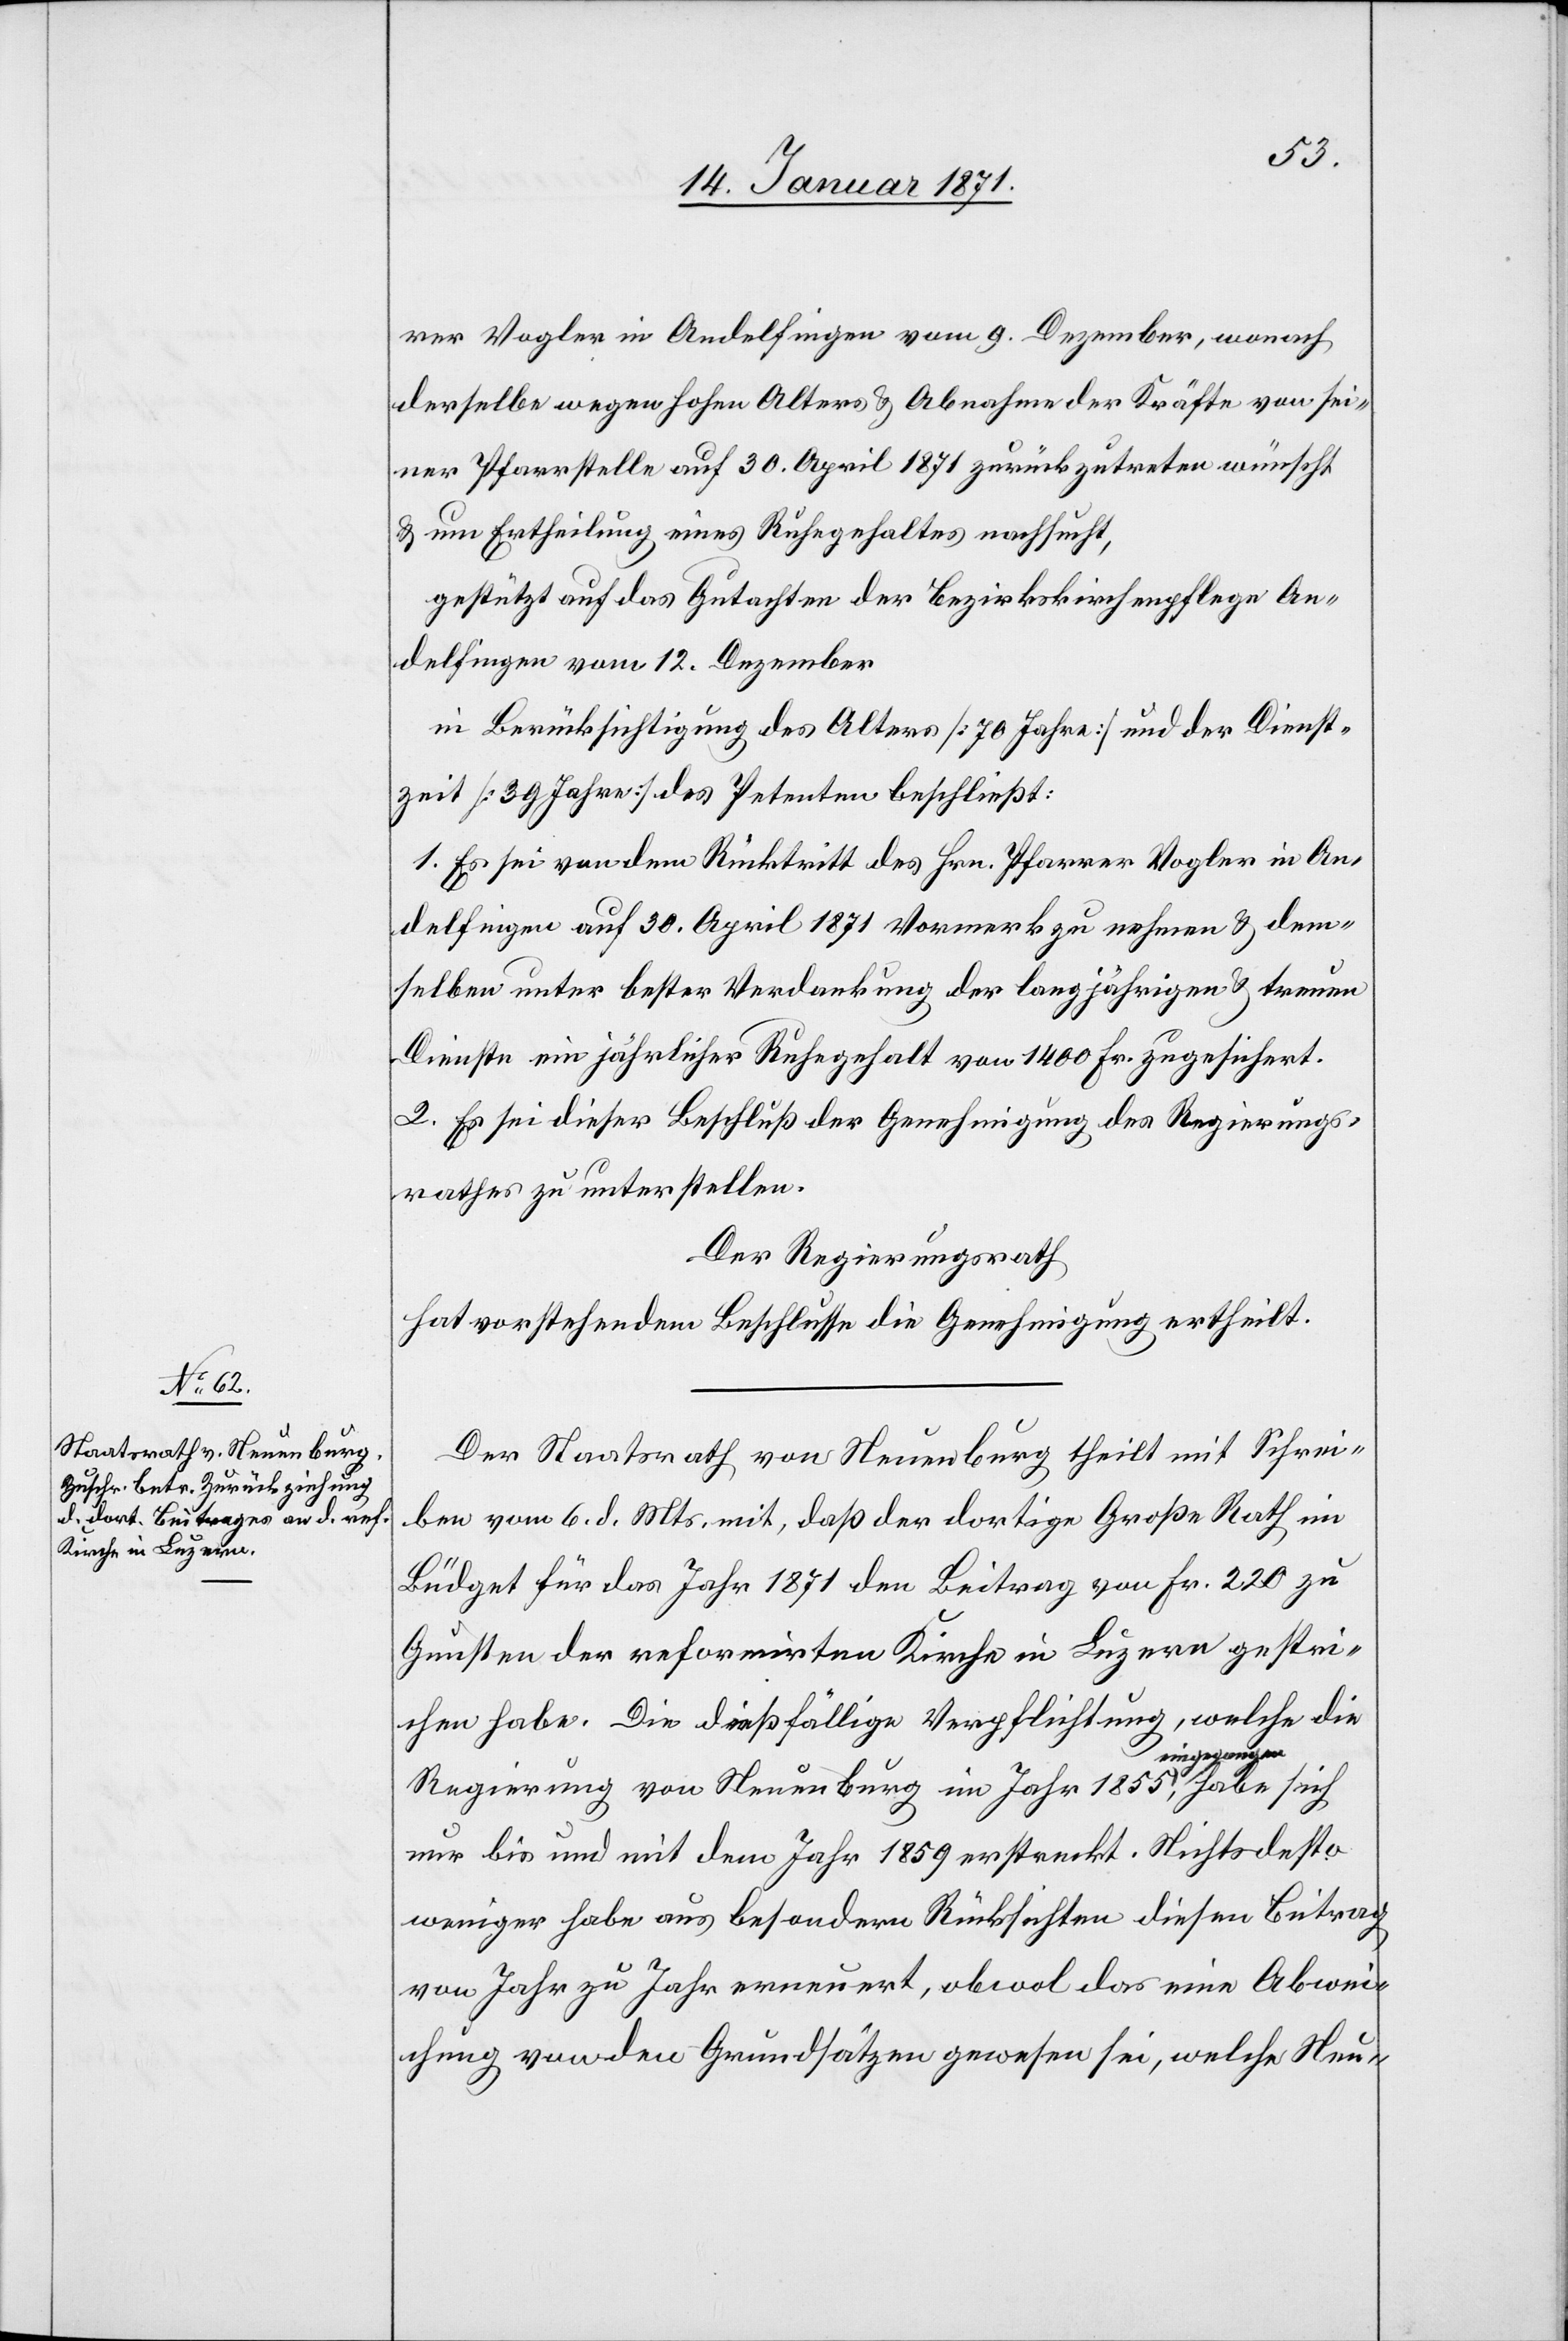
rer Wogler in Andelfingen vom 9. Dezember, wonach
derselbe wegen hohen Alters u. Abnahme der Kräfte von sei¬
ner Pfarrstelle auf 30. April 1871 zurückzutreten wünscht
u. um Ertheilung eines Ruhegehaltes nachsucht,
gestützt auf das Gutachten der Bezirkskirchenpflege An¬
delfingen vom 12. Dezember
in Berücksichtigung des Alters [70 Jahre] und der Dienst¬
zeit [39 Jahre] des Petenten beschließt:
1. Es sei von dem Rücktritt des Hrn. Pfarrer Wogler in An¬
delfingen auf 30. April 1871 Vormerk zu nehmen u. dem¬
selben unter bester Verdankung der langjährigen u. treuen
Dienste ein jährlicher Ruhegehalt von 1480 Fr. zugesichert.
2. Es sei dieser Beschluß der Genehmigung des Regierungs¬
rathes zu unterstellen.
Der Regierungsrath,
hat vorstehendem Beschlusse die Genehmigung ertheilt.
Der Staatsrath von Neuenburg theilt mit Schrei¬
ben vom 6. d. Mts. mit, daß der dortige Große Rath im
Büdget für das Jahr 1871 den Beitrag von Fr. 220 zu
Gunsten der reformirten Kirche in Luzern gestri¬
chen habe. Die dießfällige Verpflichtung, welche die
ngegangen,
Regierung von Neuenburg im Jahr 1855 ei¬
nur bis und mit dem Jahr 1859 erstreckt. Nichtsdesto
weniger habe aus besondern Rücksichten diesen Beitrag
von Jahr zu Jahr erneuert, obwol das eine Abwei¬
chung von den Grundsätzen gewesen sei, welche Neu-